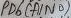
Text: PD6